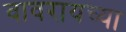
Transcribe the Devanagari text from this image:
वावरायच्या